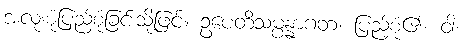
အလုံးစုံပြည့်စုံခြင်းသို့ဖြင့်။ ဥပေတိသမ္ပန္နာဂတ၊ ပြည့်စုံ၏။ ဝါ၊